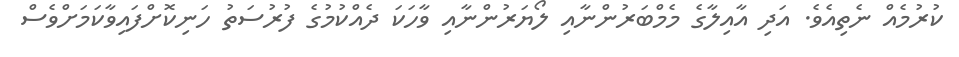
ކުރުމެއް ނެތިއެވެ. އަދި އާއިލާގެ މެމްބަރުންނާއި ލޯޔަރުންނާއި ވާހަކަ ދެއްކުމުގެ ފުރުސަތު ހަނިކޮށްފައިވާކަމަށްވެސް